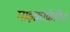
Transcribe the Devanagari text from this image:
माइक्रोक्रेडिट